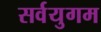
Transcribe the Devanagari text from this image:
सर्वयुगम